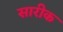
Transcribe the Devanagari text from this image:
सारीक